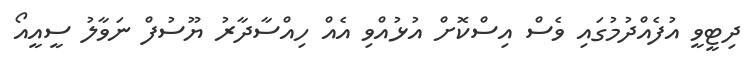
ދިޓީވީ އުފެއްދުމުގައި ވެސް އިސްކޮށް އުޅުއްވި އެއް ހިއްސާދާރު ޔޫސުފް ނަވާލު ސީއީއޯ